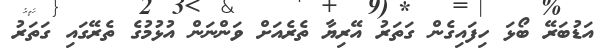
އަޑުބަރޭ ބޯޅަ ހިފައިގެން ގަތަރު އޭރިޔާ ތެރެއަށް ވަންނަން އުޅުމުގެ ތެރޭގައި ގަތަރު